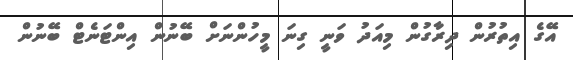
އޭގެ އިތުުުރުން ދިރާގުން މިއަދު ވަނީ ގިނަ މީހުންނަށް ބޭނުން އިންޓަނެޓް ބޭނުން